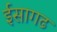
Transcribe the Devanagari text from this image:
ईसागढ